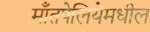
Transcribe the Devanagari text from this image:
माँतपेलियेमधील